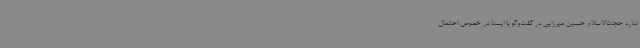
ندارد حجت‌الاسلام حسین میرزایی در گفت‌وگو با ایسنا در خصوص احتمال